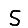
Digit: 5